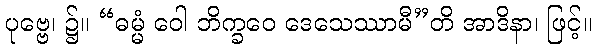
ပုဗ္ဗေ၊ ၌။ “ဓမ္မံ ဝေါ ဘိက္ခဝေ ဒေသေဿာမီ”တိ အာဒိနာ၊ ဖြင့်။